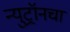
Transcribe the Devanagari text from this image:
न्युट्रॉनचा